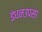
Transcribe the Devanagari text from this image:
इंधनउपसा